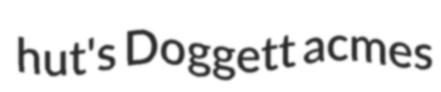
hut's Doggett acmes